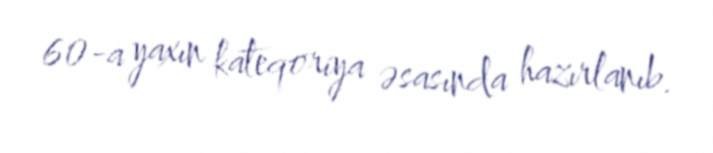
60-a yaxın kateqoriya əsasında hazırlanıb.